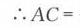
\(\therefore AC =\)